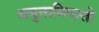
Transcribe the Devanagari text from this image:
अयुतामिएन्तो